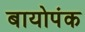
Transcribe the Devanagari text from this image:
बायोपंक